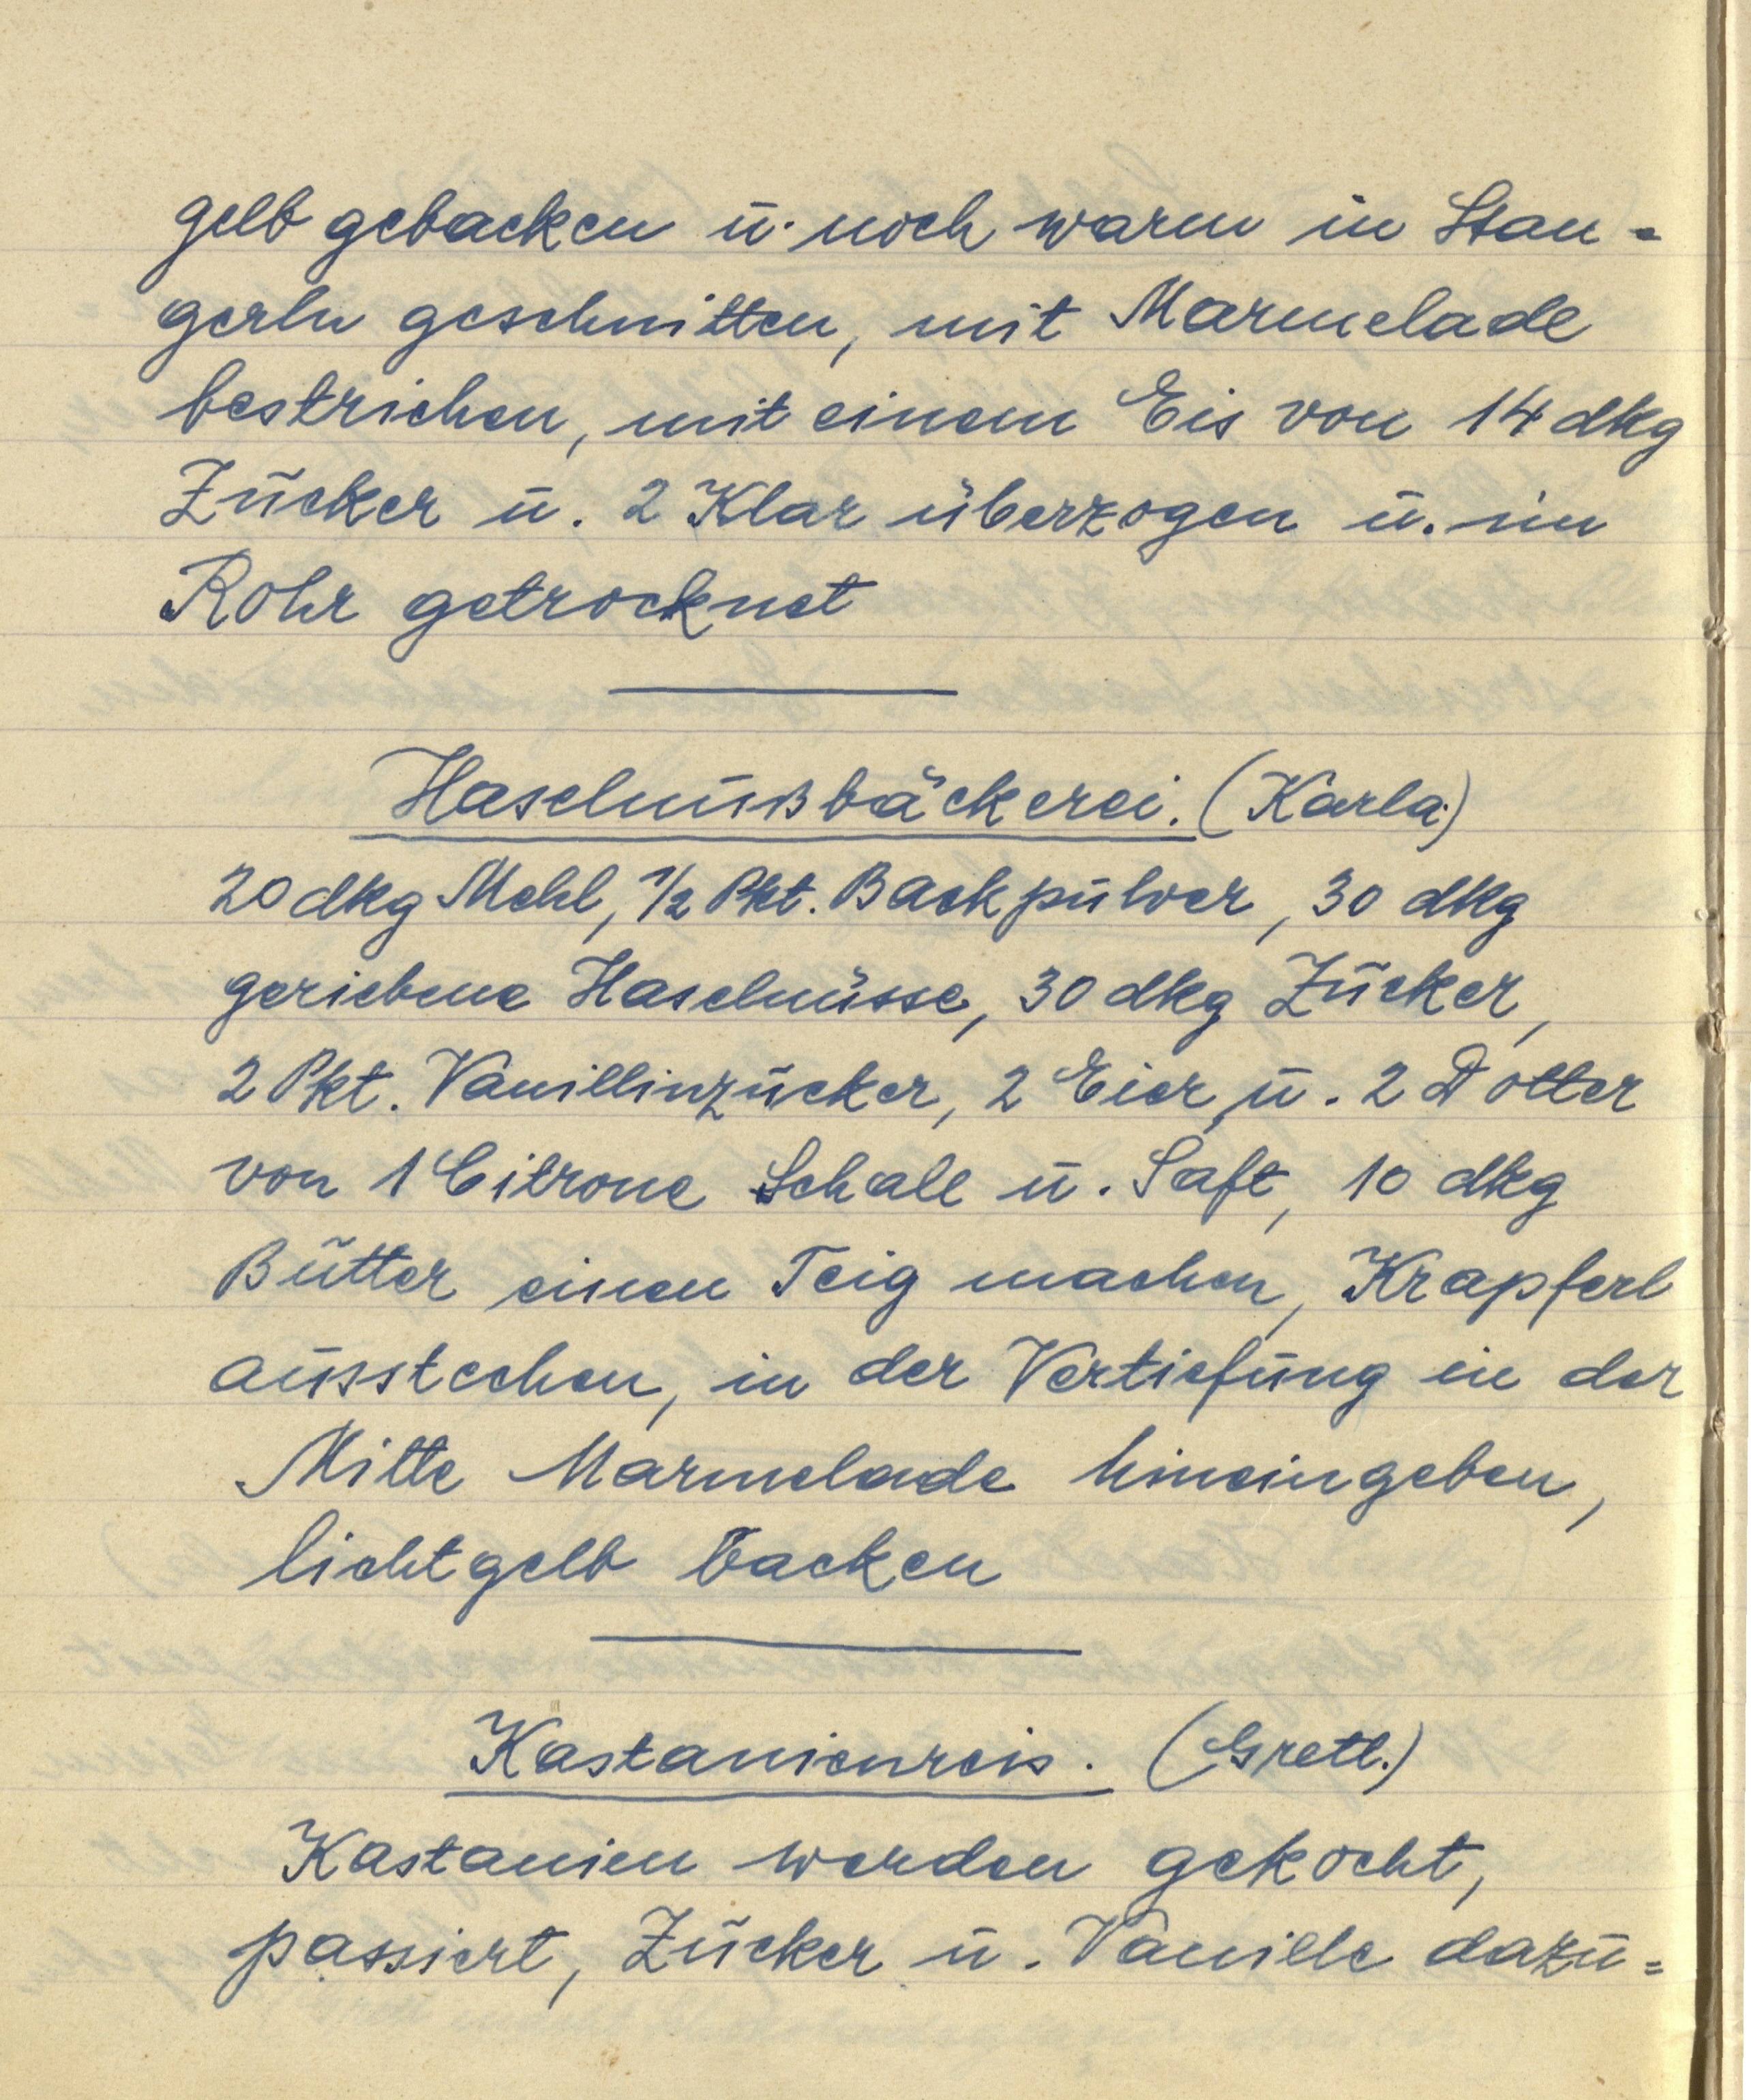
gelb gebacken u. noch warm in Stan¬
gerln geschnitten, mit Marmelade
bestrichen, mit einem Eis von 14 dkg
Zucker u. 2 Klar überzogen u. im
Rohr getrocknet

Haselnußbäckerei. (Karla)
20 dkg Mehl, ½ Pkt. Backpulver, 30 dkg
geriebene Haselnüsse, 30 dkg Zucker,
2 Pkt. Vanillinzucker, 2 Eier u. 2 Dotter
von 1 Citrone Schale u. Saft, 10 dkg
Butter einen Teig machen, Krapferl
ausstechen, in der Vertiefung in der
Mitte Marmelade hineingeben,
lichtgelb backen

Kastanienreis. (Gretl.)
Kastanien werden gekocht,
passiert, Zucker u. Vanille dazu¬